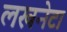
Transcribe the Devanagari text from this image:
लखनेटा